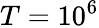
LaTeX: T=10^{6}